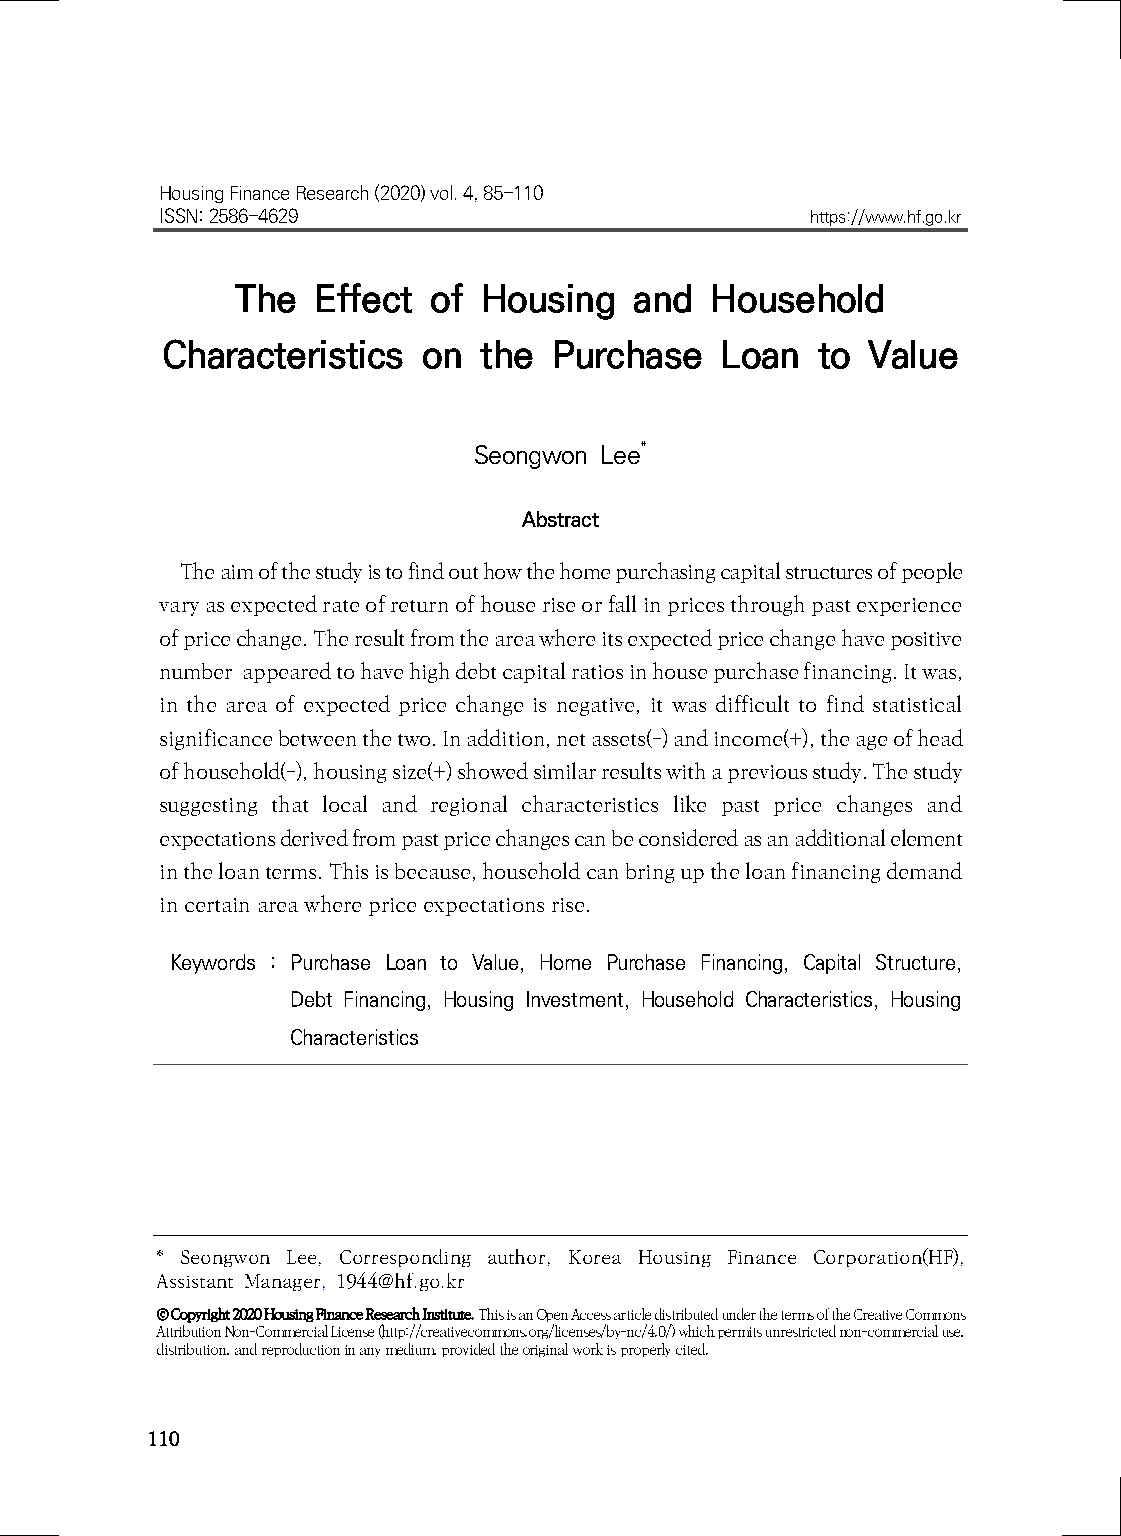
Housing Finance Research (2020) vol. 4, 85-110
 ISSN: 2586-4629                            https://www.hf.go.kr
 The  Effect of  Housing   and  Household
 Characteristics  on  the  Purchase   Loan  to Value
 Seongwon Lee*
 Abstract
 The aim of the study is to find out how the home purchasing capital structures of people
 vary as expected rate of return of house rise or fall in prices through past experience
 of price change. The result from the area where its expected price change have positive
 number appeared to have high debt capital ratios in house purchase financing. It was,
 in the area of ​​expected price change is negative, it was difficult to find statistical
 significance between the two. In addition, net assets(-) and income(+), the age of head
 of household(-), housing size(+) showed similar results with a previous study. The study
 suggesting that local and regional characteristics like past price changes and
 expectations derived from past price changes can be considered as an additional element
 in the loan terms. This is because, household can bring up the loan financing demand
 in certain area where price expectations rise.
 Keywords : Purchase Loan to Value, Home Purchase Financing, Capital Structure,
 Debt Financing, Housing Investment, Household Characteristics, Housing
 Characteristics
 * Seongwon Lee, Corresponding author, Korea Housing Finance Corporation(HF),
 Assistant Manager, 1944@hf.go.kr
 © Copyright 2020 Housing Finance Research Institute. This is an Open Access article distributed under the terms of the Creative Commons
 Attribution Non-Commercial License (http://creativecommons.org/licenses/by-nc/4.0/) which permits unrestricted non-commercial use,
 distribution, and reproduction in any medium, provided the original work is properly cited.
 110